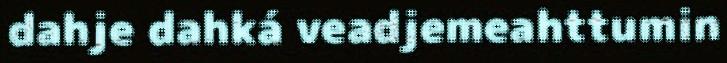
dahje dahká veadjemeahttumin